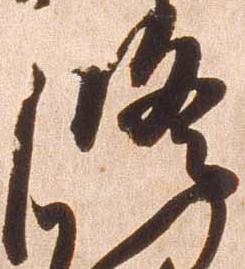
修